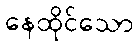
နေထိုင်သော